Indian journal of veterinary science and animal husbandry - Volume 12,
Year: 1942
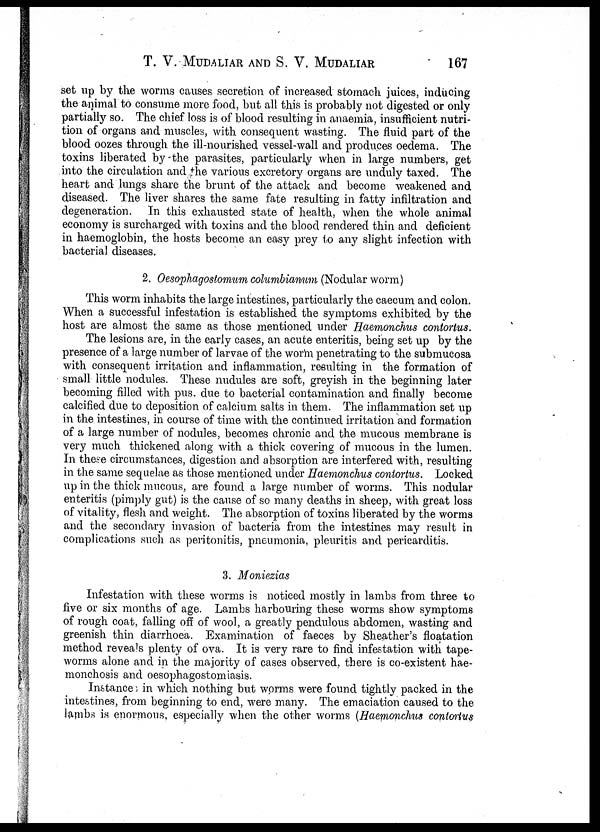
T. V. MUDALIAR AND S. V. MUDALIAR 167
set up by the worms causes secretion of increased stomach juices, inducing
the animal to consume more food, but all this is probably not digested or only
partially so. The chief loss is of blood resulting in anaemia, insufficient nutri-
tion of organs and muscles, with consequent wasting. The fluid part of the
blood oozes through the ill-nourished vessel-wall and produces oedema. The
toxins liberated by-the parasites, particularly when in large numbers, get
into the circulation and the various excretory organs are unduly taxed. The
heart and lungs share the brunt of the attack and become weakened and
diseased. The liver shares the same fate resulting in fatty infiltration and
degeneration. In this exhausted state of health, when the whole animal
economy is surcharged with toxins and the blood rendered thin and deficient
in haemoglobin, the hosts become an easy prey to any slight infection with
bacterial diseases.
2. Oesophagostomum columbianum (Nodular worm)
This worm inhabits the large intestines, particularly the caecum and colon.
When a successful infestation is established the symptoms exhibited by the
host are almost the same as those mentioned under Haemonchus contortus.
The lesions are, in the early cases, an acute enteritis, being set up by the
presence of a large number of larvae of the worm penetrating to the submucosa
with consequent irritation and inflammation, resulting in the formation of
small little nodules. These nudules are soft, greyish in the beginning later
becoming filled with pus. due to bacterial contamination and finally become
calcified due to deposition of calcium salts in them. The inflammation set up
in the intestines, in course of time with the continued irritation and formation
of a large number of nodules, becomes chronic and the mucous membrane is
very much thickened along with a thick covering of mucous in the lumen.
In these circumstances, digestion and absorption are interfered with, resulting
in the same sequelae as those mentioned under Haemonchus contortus. Locked
up in the thick mucous, are found a large number of worms. This nodular
enteritis (pimply gut) is the cause of so many deaths in sheep, with great loss
of vitality, flesh and weight. The absorption of toxins liberated by the worms
and the secondary invasion of bacteria from the intestines may result in
complications such as peritonitis, pneumonia, pleuritis and pericarditis.
3. Moniezias
Infestation with these worms is noticed mostly in lambs from three to
five or six months of age. Lambs harbouring these worms show symptoms
of rough coat, falling off of wool, a greatly pendulous abdomen, wasting and
greenish thin diarrhoea. Examination of faeces by Sheather's floatation
method reveals plenty of ova. It is very rare to find infestation with tape-
worms alone and in the majority of cases observed, there is co-existent hae-
monchosis and oesophagostomiasis.
Instances in which nothing but worms were found tightly packed in the
intestines, from beginning to end, were many. The emaciation caused to the
lambs is enormous, especially when the other worms (Haemonchus contortus